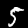
Digit: 5